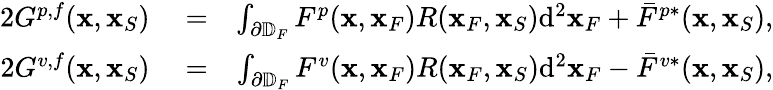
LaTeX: \begin{array}{rlr}{2G^{p,f}({\mathbf x},{\mathbf x}_{S})}&{{}=}&{\int_{\partial\mathbb{D}_{F}}F^{p}({\mathbf x},{\mathbf x}_{F})R({\mathbf x}_{F},{\mathbf x}_{S})\mathrm{d}^{2}{\mathbf x}_{F}+\bar{F}^{p*}({\mathbf x},{\mathbf x}_{S}),}\\ {2G^{v,f}({\mathbf x},{\mathbf x}_{S})}&{{}=}&{\int_{\partial\mathbb{D}_{F}}F^{v}({\mathbf x},{\mathbf x}_{F})R({\mathbf x}_{F},{\mathbf x}_{S})\mathrm{d}^{2}{\mathbf x}_{F}-\bar{F}^{v*}({\mathbf x},{\mathbf x}_{S}),}\end{array}